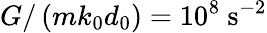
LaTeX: G/\left(mk_{0}d_{0}\right)=10^{8}~\mathrm{s^{-2}}